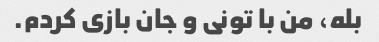
بله، من با تونی و جان بازی کردم.